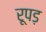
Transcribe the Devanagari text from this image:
रूपड़